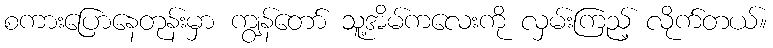
စကားပြောနေတုန်းမှာ ကျွန်တော် သူ့အိမ်ကလေးကို လှမ်းကြည့် လိုက်တယ်။